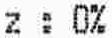
Z : 0%